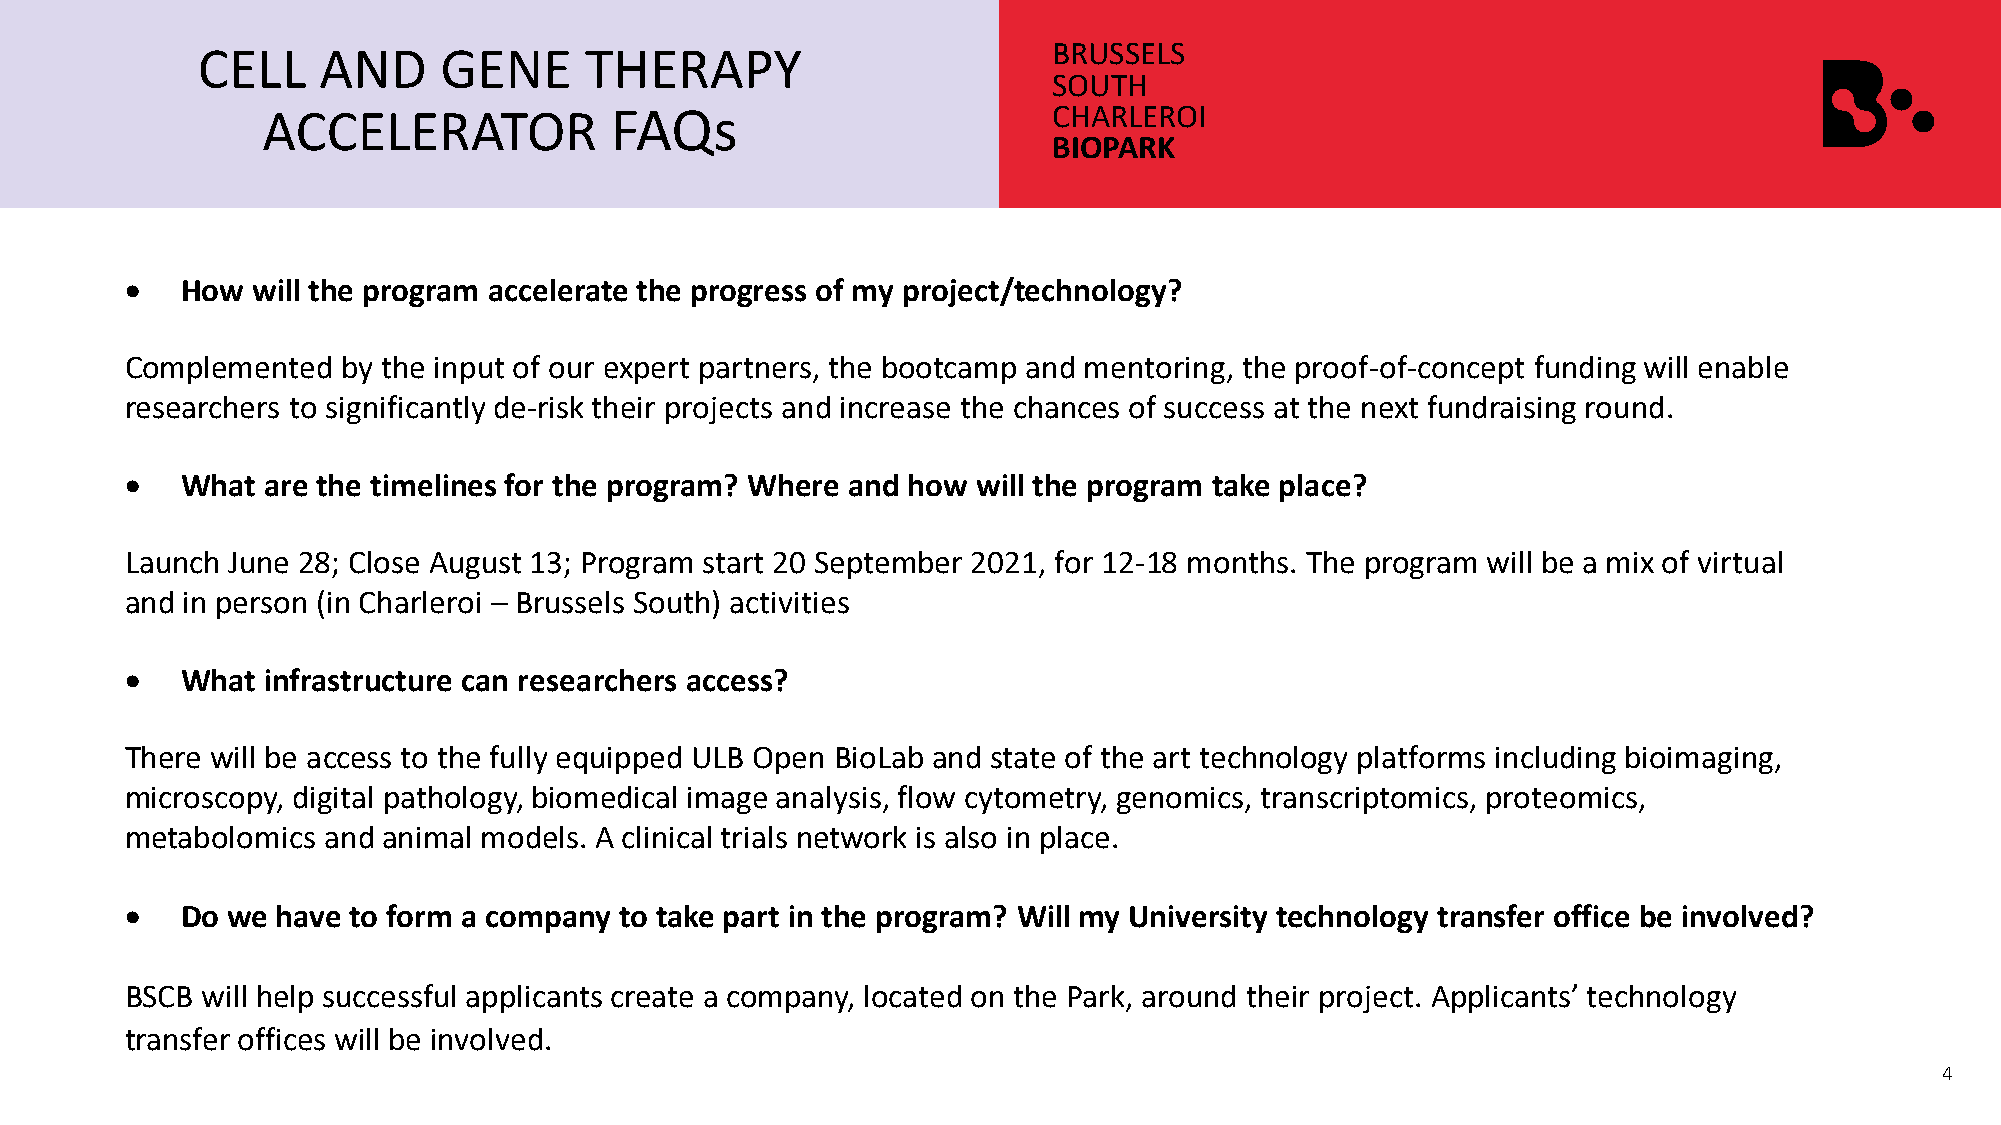
CELL    AND     GENE      THERAPY                        BRUSSELS
 SOUTH
 ACCELERATOR            FAQs                          CHARLEROI
 BIOPARK
 •   How  will the program accelerate the progress of my project/technology?
 Complemented   by the input of our expert partners, the bootcamp and mentoring, the proof-of-concept funding will enable
 researchers to significantly de-risk their projects and increase the chances of success at the next fundraising round.
 •   What  are the timelines for the program? Where and how will the program take place?
 Launch June 28; Close August 13; Program start 20 September 2021, for 12-18 months. The program will be a mix of virtual
 and in person (in Charleroi – Brussels South) activities
 •   What  infrastructure can researchers access?
 There will be access to the fully equipped ULB Open BioLab and state of the art technology platforms including bioimaging,
 microscopy, digital pathology, biomedical image analysis, flow cytometry, genomics, transcriptomics, proteomics,
 metabolomics and animal models. A clinical trials network is also in place.
 •   Do we have to form a company to take part in the program? Will my University technology transfer office be involved?
 BSCB will help successful applicants create a company, located on the Park, around their project. Applicants’ technology
 transfer offices will be involved.
 4